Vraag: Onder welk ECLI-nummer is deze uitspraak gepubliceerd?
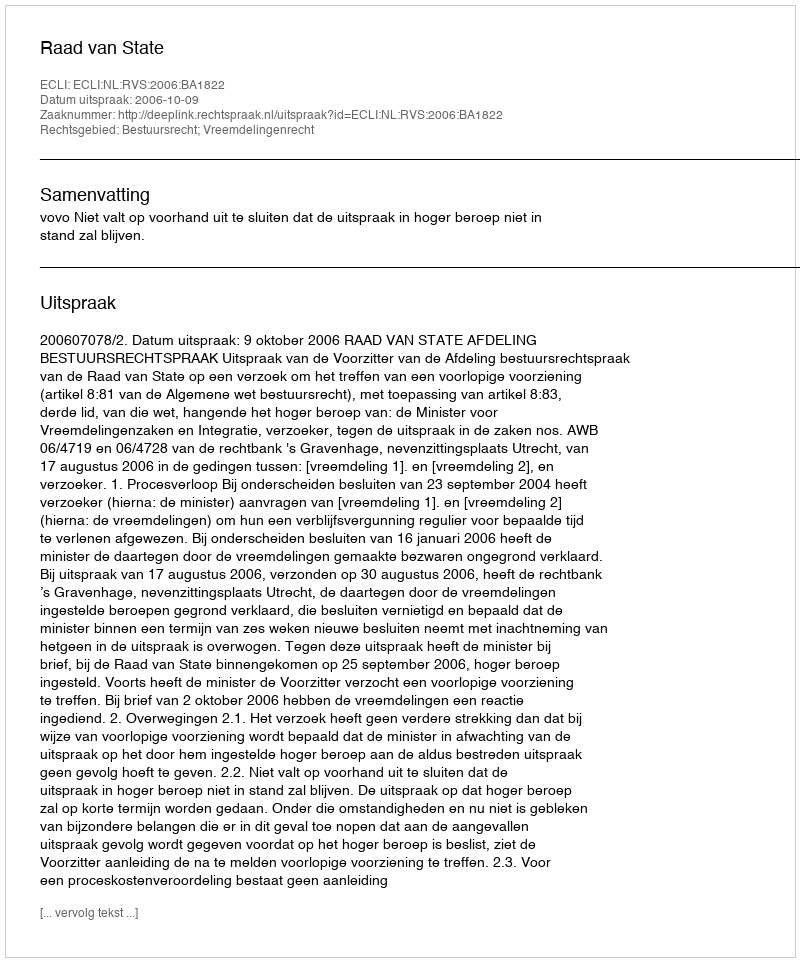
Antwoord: ECLI:NL:RVS:2006:BA1822